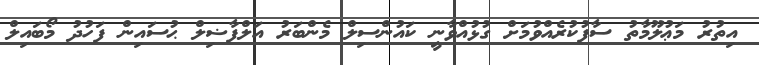
އިތުރު މަޢުލޫމާތު ސާފުކުރެއްވުމަށް ގުޅުއްވާނީ ކައުންސިލް މެންބަރު އަލްފާޟިލް ޙުސައިން ފަހުދު މޯބައިލް